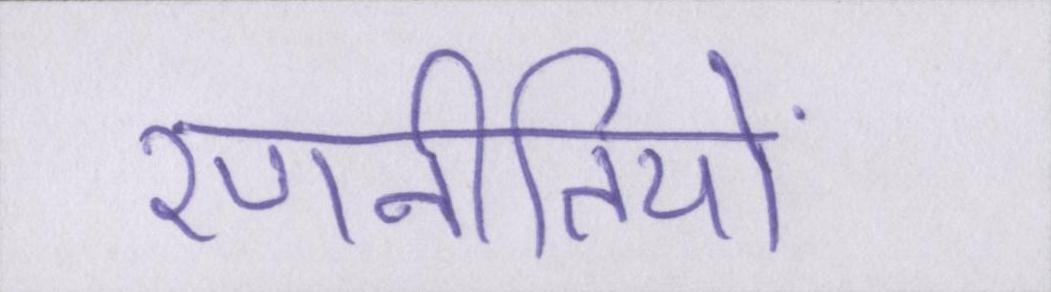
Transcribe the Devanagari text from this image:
रणनीतियों